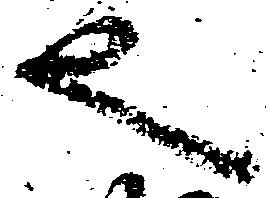
也